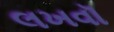
લખવૉ